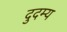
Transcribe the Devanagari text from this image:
दुदम्य